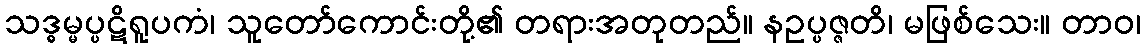
သဒ္ဓမ္မပ္ပဋိရူပကံ၊ သူတော်ကောင်းတို့၏ တရားအတုတည်။ နဥပ္ပဇ္ဇတိ၊ မဖြစ်သေး။ တာဝ၊